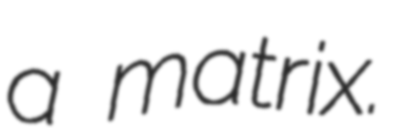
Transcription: a matrix.